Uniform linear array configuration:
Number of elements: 32
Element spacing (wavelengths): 0.75
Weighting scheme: uniform
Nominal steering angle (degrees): -15
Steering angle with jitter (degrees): -16.765
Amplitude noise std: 0.05
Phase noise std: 0.05

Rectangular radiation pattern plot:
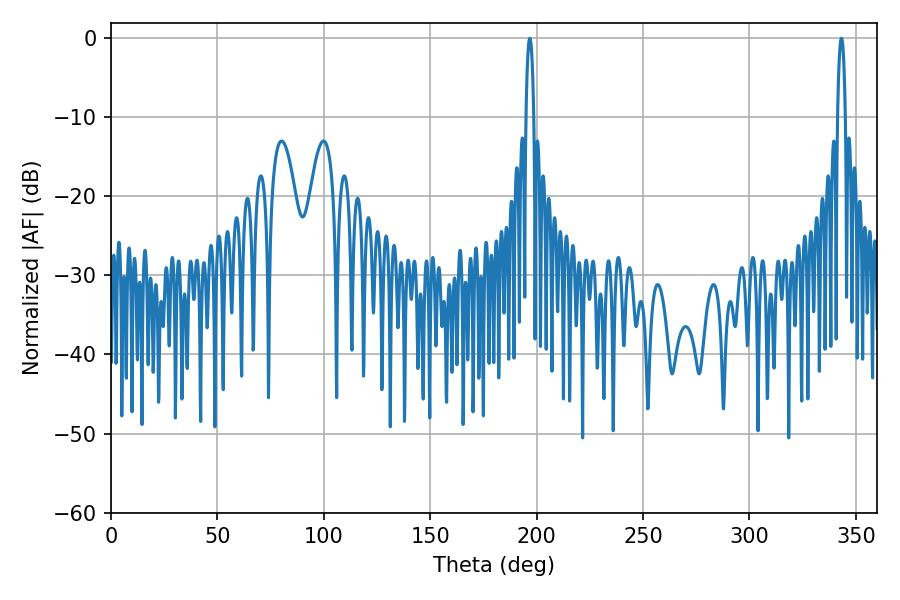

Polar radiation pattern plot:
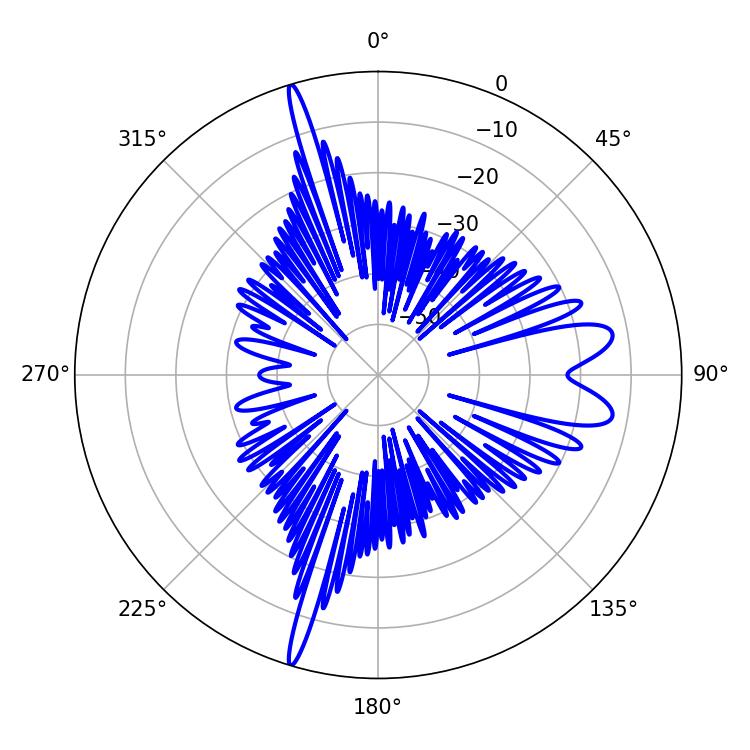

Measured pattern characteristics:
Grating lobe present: TRUE
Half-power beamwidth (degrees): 1.98
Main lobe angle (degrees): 196.74